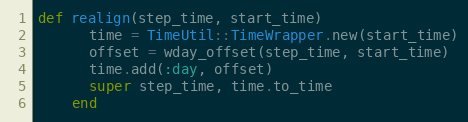
Language: Ruby
def realign(step_time, start_time)
      time = TimeUtil::TimeWrapper.new(start_time)
      offset = wday_offset(step_time, start_time)
      time.add(:day, offset)
      super step_time, time.to_time
    end